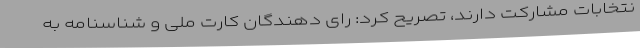
نتخابات مشارکت دارند، تصریح کرد: رای دهندگان کارت ملی و شناسنامه به